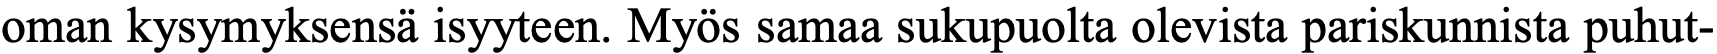
oman kysymyksensä isyyteen. Myös samaa sukupuolta olevista pariskunnista puhut-